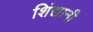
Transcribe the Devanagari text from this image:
शिंद्यानी